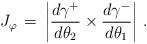
LaTeX: \begin{align*}J_\varphi \,=\, \left|\frac{d\gamma^+}{d\theta_2} \times \frac{d\gamma^-}{d\theta_1}\right|\,.\end{align*}